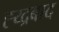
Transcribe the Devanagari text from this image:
ह्य्द्रबाद